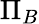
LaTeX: \Pi_{B}